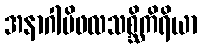
အနာဂါမိဖလသစ္ဆိကိရိယာ